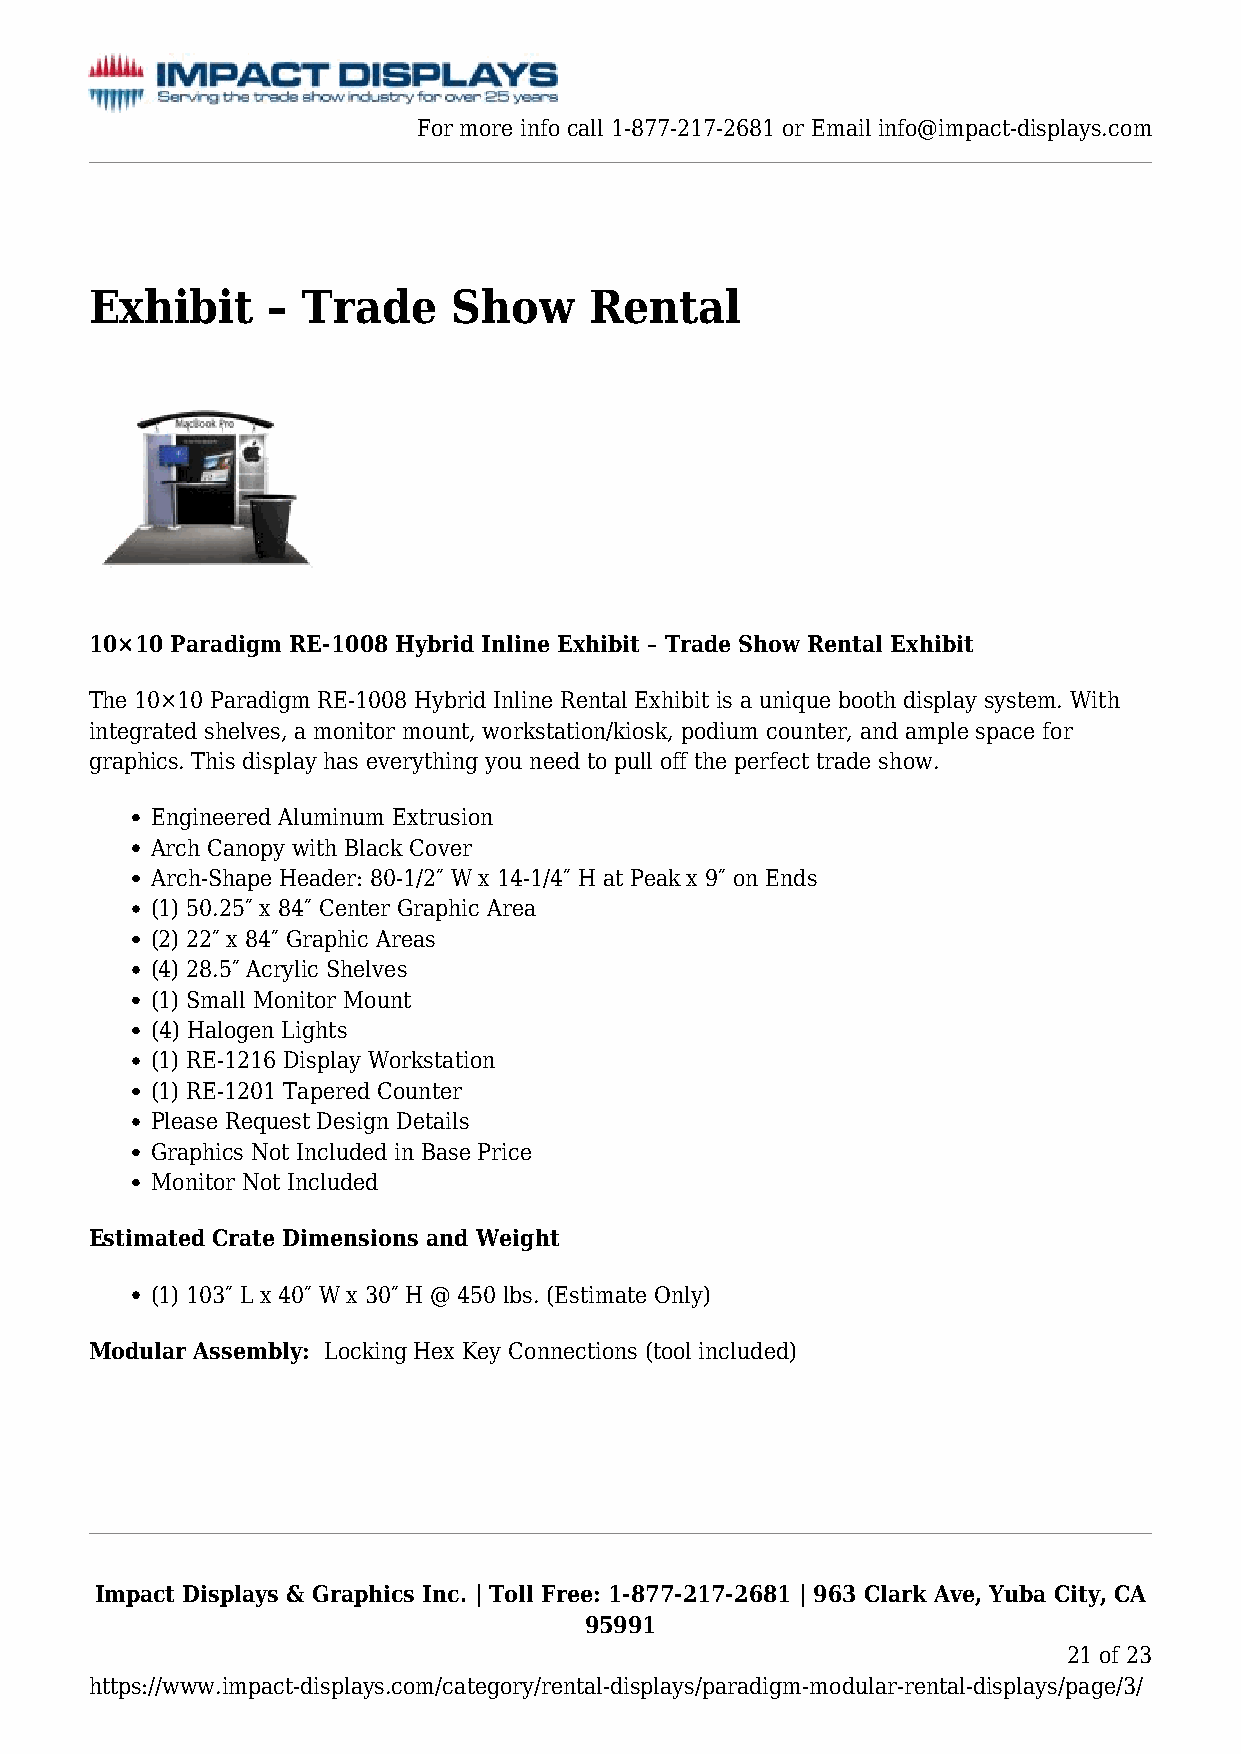
For more info call 1-877-217-2681 or Email info@impact-displays.com
 Exhibit     – Trade     Show     Rental
 10×10 Paradigm RE-1008 Hybrid Inline Exhibit – Trade Show Rental Exhibit
 The 10×10 Paradigm RE-1008 Hybrid Inline Rental Exhibit is a unique booth display system. With
 integrated shelves, a monitor mount, workstation/kiosk, podium counter, and ample space for
 graphics. This display has everything you need to pull off the perfect trade show.
 Engineered Aluminum Extrusion
 Arch Canopy with Black Cover
 Arch-Shape Header: 80-1/2″ W x 14-1/4″ H at Peak x 9″ on Ends
 (1) 50.25″ x 84″ Center Graphic Area
 (2) 22″ x 84″ Graphic Areas
 (4) 28.5″ Acrylic Shelves
 (1) Small Monitor Mount
 (4) Halogen Lights
 (1) RE-1216 Display Workstation
 (1) RE-1201 Tapered Counter
 Please Request Design Details
 Graphics Not Included in Base Price
 Monitor Not Included
 Estimated Crate Dimensions and Weight
 (1) 103″ L x 40″ W x 30″ H @ 450 lbs. (Estimate Only)
 Modular Assembly: Locking Hex Key Connections (tool included)
 Impact Displays & Graphics Inc. | Toll Free: 1-877-217-2681 | 963 Clark Ave, Yuba City, CA
 95991
 21 of 23
 https://www.impact-displays.com/category/rental-displays/paradigm-modular-rental-displays/page/3/